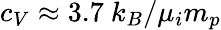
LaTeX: c_{V}\approx 3.7\ k_{B}/\mu_{i}m_{p}